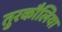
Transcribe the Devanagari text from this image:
तुरकौलिया